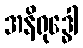
အနိရုဒ္ဓေါ